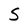
Character: S